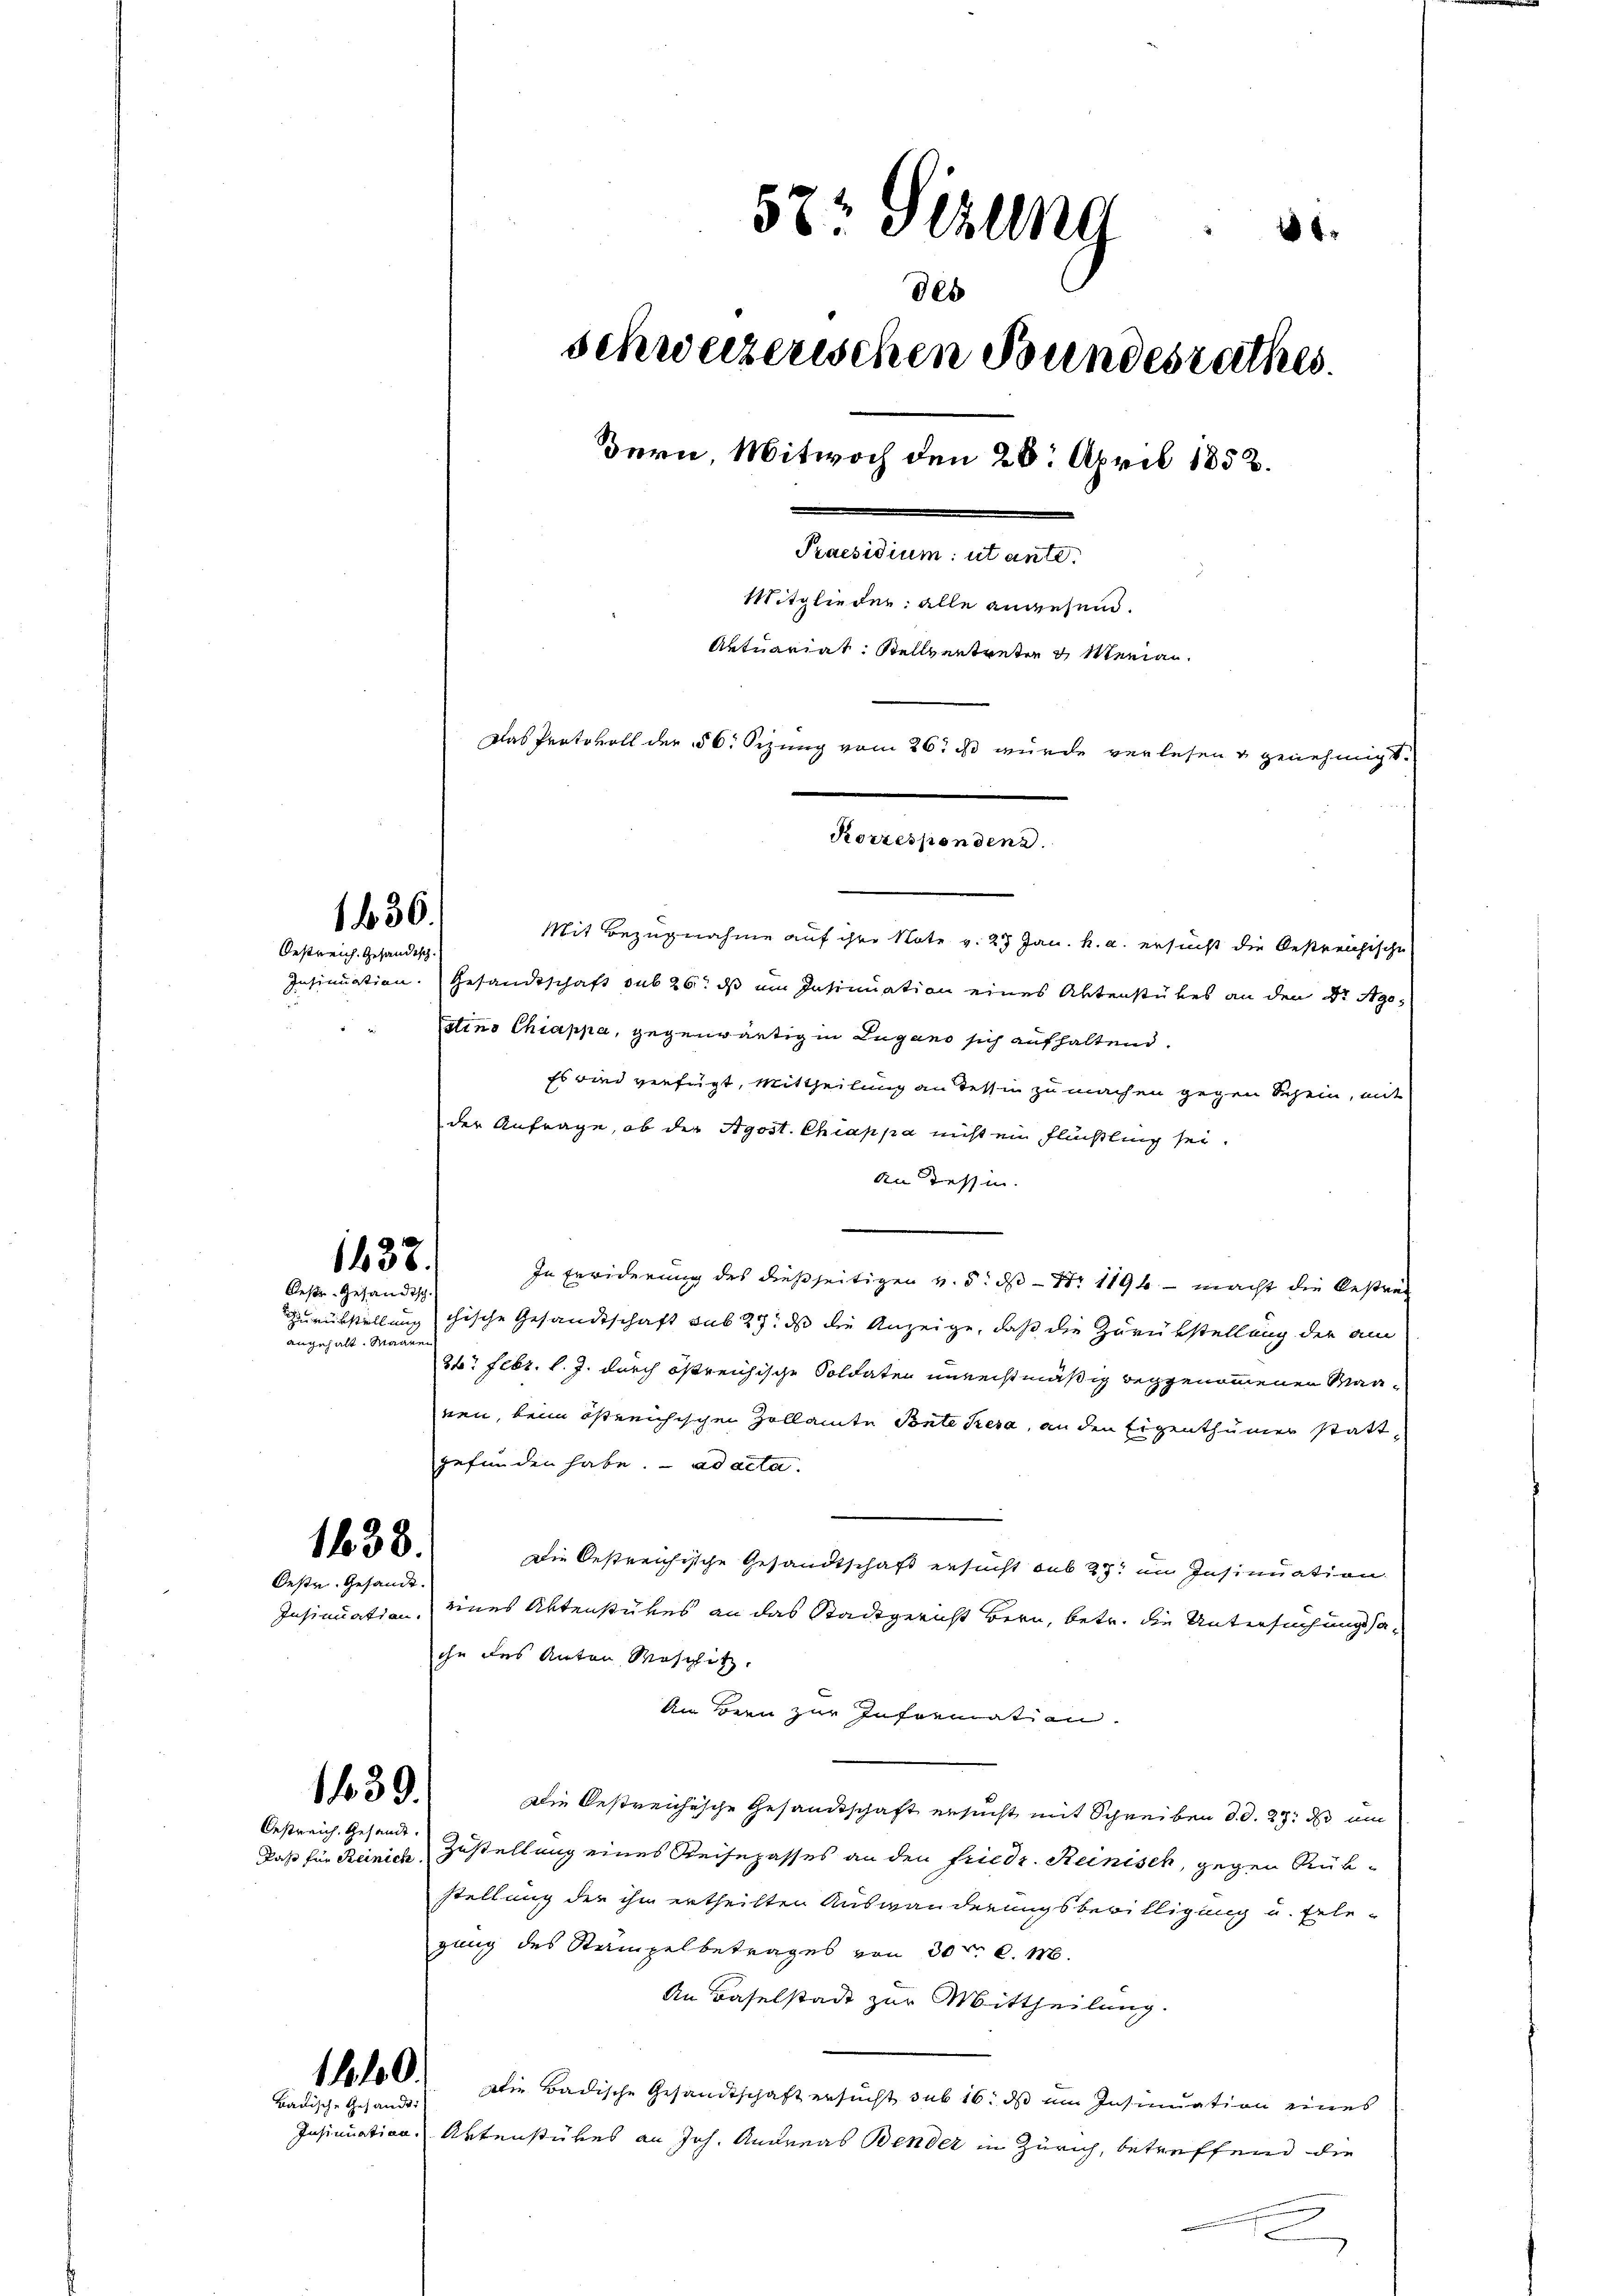
136.
Oestreich. Gesandtsch.

1438.
Oeste Gesandtsch

angehalt. Maage

1638.

Oeste Gesandt.

1439.
Oestreich. Gesandt

100.
Badische Gesandt:

57t Sitzung
des
schweizerischen Bundesrathes.
Bern, Mitwoch den 26. April 1852.
Praesidium ut ante.
Mitglieder alle angesend.
Aktuariat. Stellvertreten & Menian.
Das Protokoll der § 6. Sizung vom 26. ds wurde verlesen & genehmigt.
Korresponden a.

Mit Bezugnahme auf ihre Note v. 23 Jan. k. a. ersucht die bestreichische
Insinuation. Gesandtschaft sub 26. ds um Insinuation eines Aktenstükes an den Dr. Ago¬
Citins Chiappa, gegenwärtig in Lugano sich aufhaltend.
Es wird verfügt, Mittheilung an dessin zu machen gegen Schein, mit
der Anfrage, ob der Agost. Chiappa nicht ein Flüchtling sei.
An Tessin.
In Erwiderung des dießseitigen v. 5. ds Nr. 1194 - macht die Bestrat
Zurückstellung chische Gesandtschaft sub 27. ds die Anzeige, daß die Zurückstellung der am
34. Febr. l. J. durch östreichische Soldaten unrechtmäßig beggenommenen Maanen, beim östreichischen Zollamte Ponte Resa, an den Eigenthümer stattgefunden habe. ad acta.
Die Oestreichische Gesandtschaft ersucht sub 23, im Insinuation
Insinuation eines Aktenstückes an das Stadtgericht Bern, betr. die Untersuchung haihn des Anton Maschitz,
An Bern zur Information.
Die bestreichische Gesandtschaft ersucht mit Schreiben d. d. 23. ds um
Daß für Reinich Zustellung eines Reisepasses an den Friedr. Reinisch, gegen Rükstellung der ihm ertheilten Auswanderungsbewilligung u. tele-
gang des Stampelbetrages von 30 l. 10.
An Baselstadt zur Mittheilung.
Die Badische Gesandtschaft ersucht sub 16. ds im Insinuation eines
Insinuation Aktenstükes an Joh. Andreas Bender in Zürich, betreffend die
s